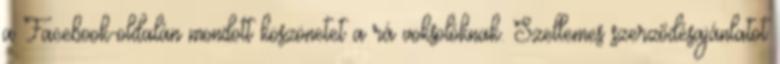
a Facebook-oldalán mondott köszönetet a rá voksolóknak. Szellemes szerződésajánlatot